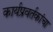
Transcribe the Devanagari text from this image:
कार्यप्रवर्तकांचा